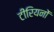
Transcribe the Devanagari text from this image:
टीरियनों